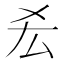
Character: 𠫤